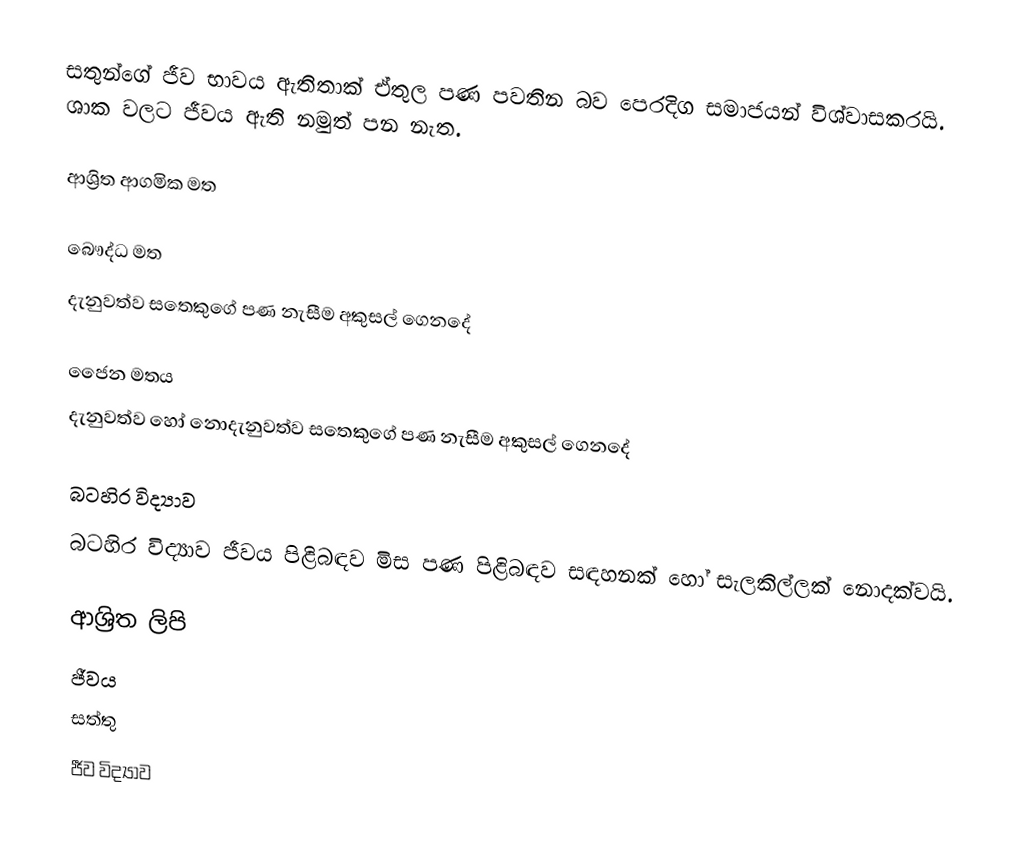
සතුන්ගේ ජීව භාවය ඇතිතාක් ඒතුල පණ පවතින බව පෙරදිග සමාජයන් විශ්වාසකරයි. ශාක වලට ජීවය ඇති නමුත් පන නැත.

ආශ්‍රිත ආගමික මත

බෞද්ධ මත
දැනුවත්ව සතෙකුගේ පණ නැසීම අකුසල් ගෙනදේ

ජෛන මතය
දැනුවත්ව හෝ නොදැනුවත්ව සතෙකුගේ පණ නැසීම අකුසල් ගෙනදේ

බටහිර විද්‍යාව
බටහිර විද්‍යාව ජීවය පිළිබඳව මිස පණ පිළිබඳව සඳහනක් හෝ සැලකිල්ලක් නොදක්වයි.

ආශ්‍රිත ලිපි
 ජීවය
 සත්තු
ජීව විද්‍යාව